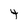
Character: 4